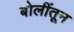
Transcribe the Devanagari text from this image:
बोलींतून